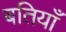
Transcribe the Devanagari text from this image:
बतियाँ